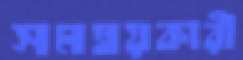
সমম্বয়কারী